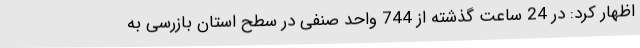
اظهار کرد: در 24 ساعت گذشته از 744 واحد صنفی در سطح استان بازرسی به